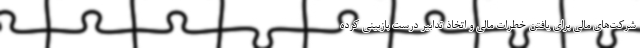
شرکت‌های مالی برای یافتن خطرات مالی و اتخاذ تدابیر درست بازبینی کرده